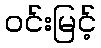
ဝင်းမြင့်